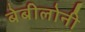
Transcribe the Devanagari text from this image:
बेबीलोनी